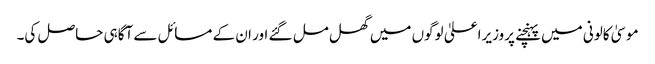
موسیٰ کالونی میں پہنچنے پروزیراعلیٰ لوگوں میں گھل مل گئے اور ان کے مسائل سے آگاہی حاصل کی۔